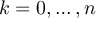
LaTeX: k = 0 , \dotsc , n